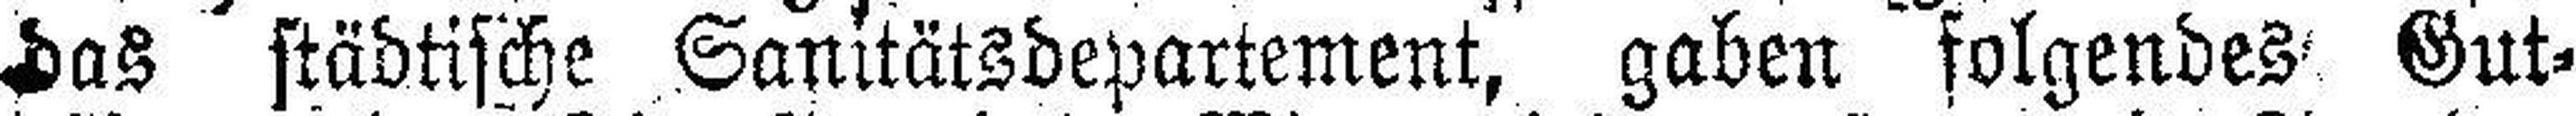
das städtische Sanitätsdepartement, gaben folgendes Gut¬